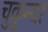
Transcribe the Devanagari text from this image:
चुकुन्दर